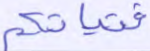
فتياتكم